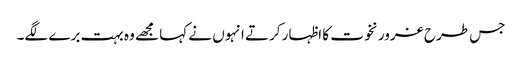
جس طرح غرور نخوت کا اظہار کرتے انہوں نے کہا مجھے وہ بہت برے لگے۔